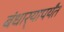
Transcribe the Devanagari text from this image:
बंधार्‍यापर्यंत